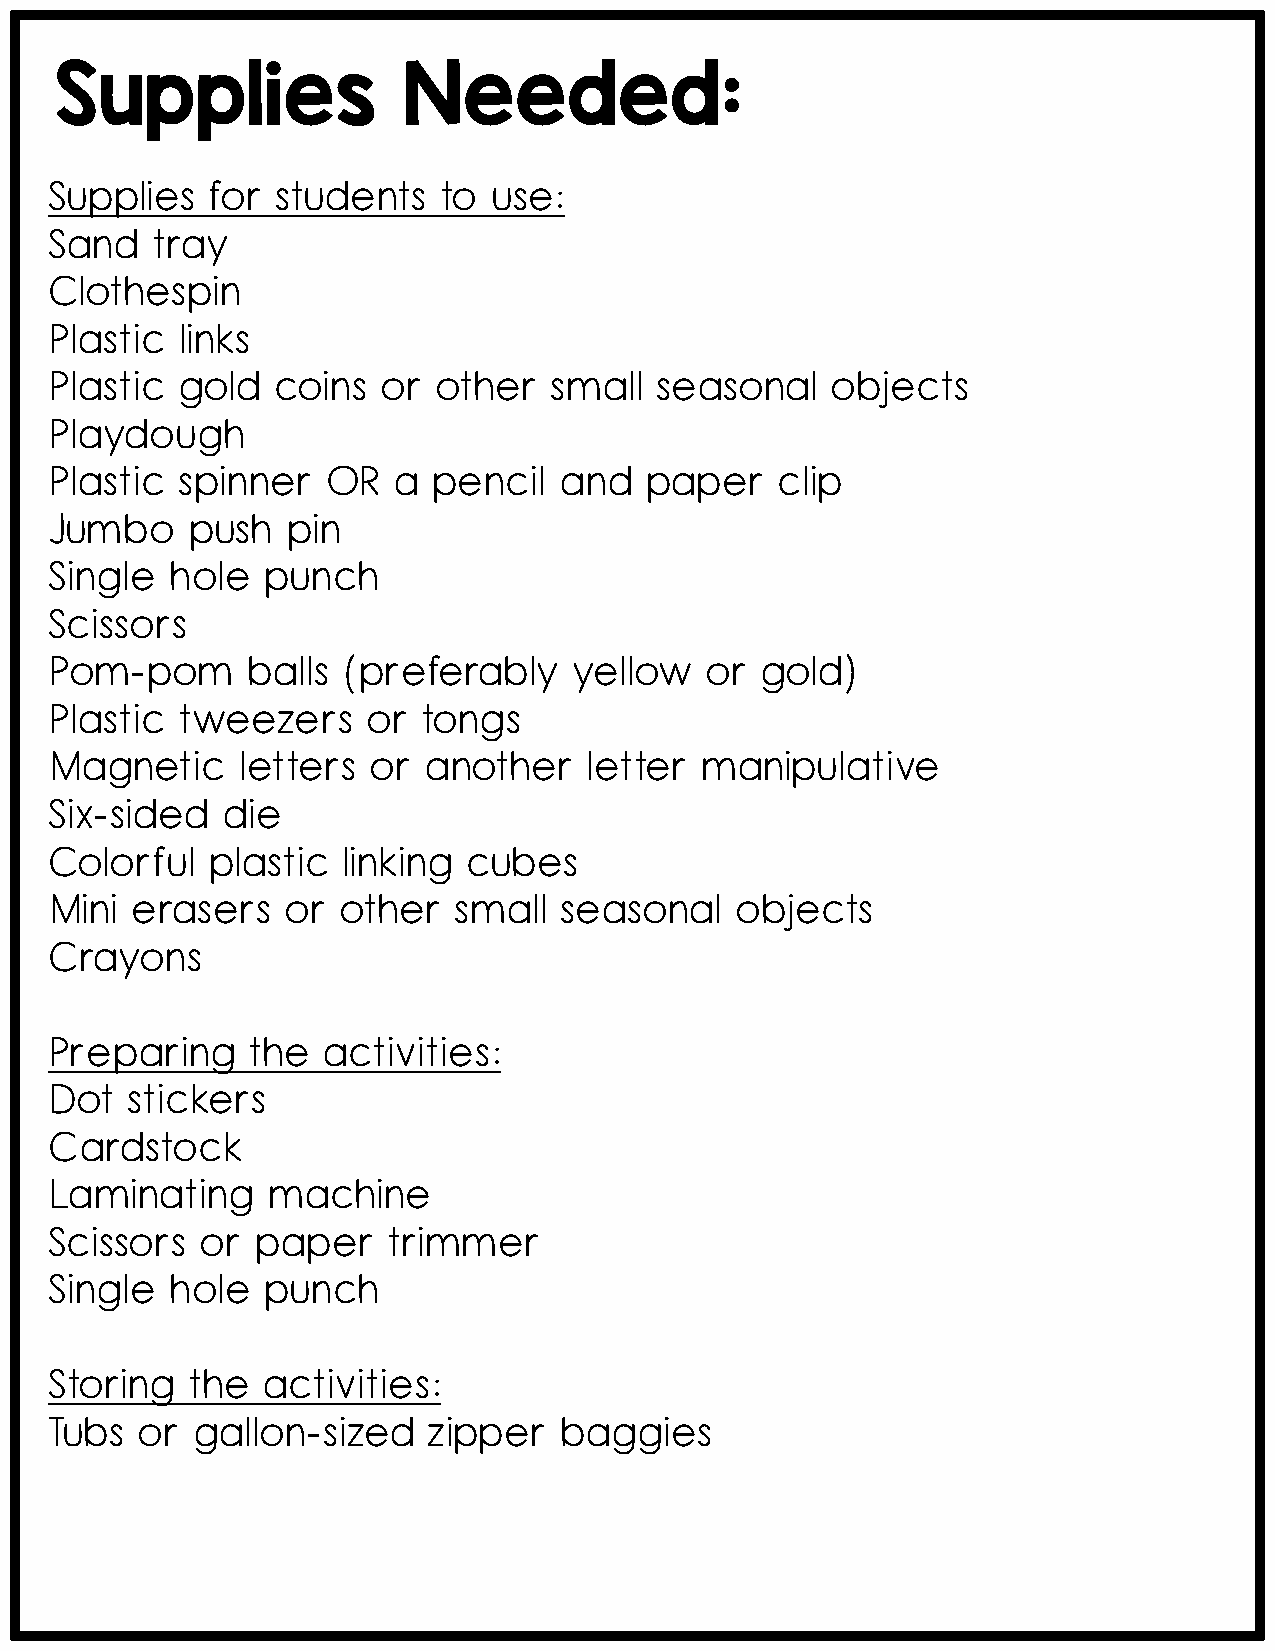
Supplies               Needed:
 Supplies   for students   to use:
 Sand   tray
 Clothespin
 Plastic  links
 Plastic  gold  coins  or  other  small  seasonal    objects
 Playdough
 Plastic  spinner   OR  a  pencil  and   paper    clip
 Jumbo    push   pin
 Single  hole  punch
 Scissors
 Pom-pom      balls  (preferably    yellow   or gold)
 Plastic  tweezers    or  tongs
 Magnetic     letters or  another    letter manipulative
 Six-sided   die
 Colorful   plastic  linking cubes
 Mini  erasers   or other   small  seasonal    objects
 Crayons
 Preparing    the  activities:
 Dot  stickers
 Cardstock
 Laminating     machine
 Scissors  or  paper    trimmer
 Single  hole  punch
 Storing  the  activities:
 Tubs  or  gallon-sized   zipper   baggies